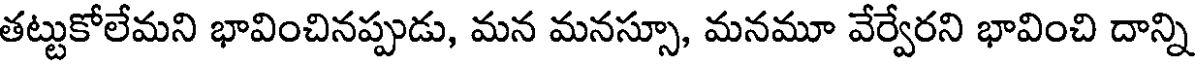
తట్టుకోలేమని భావించినప్పుడు, మన మనస్సూ, మనమూ వేర్వేరని భావించి దాన్ని